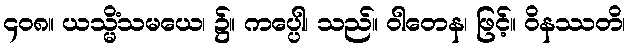
၄၀၈။ ယသ္မိံသမယေ၊ ၌။ ကပ္ပေါ၊ သည်။ ဝါတေန၊ ဖြင့်။ ဝိနဿတိ၊